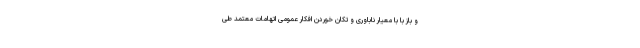
و باز با با معیار ناباوری و تکان خوردن افکار عمومی اتهامات معتمد طی